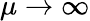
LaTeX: \mu\to\infty